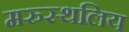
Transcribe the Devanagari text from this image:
मरुस्थलिय